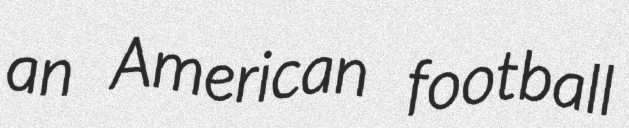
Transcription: an American football